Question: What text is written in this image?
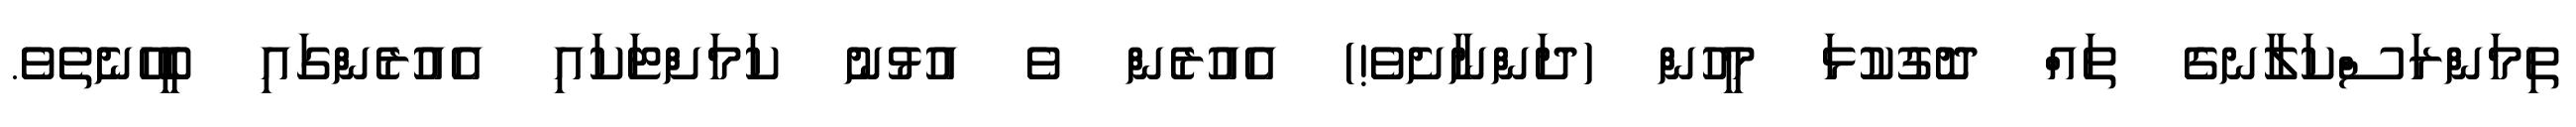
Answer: ތިމަންރަސްކަލާނގެ ތައް ދޮގުކުޅަ މީހުން (ދަންނާށެވެ!) އެއުރެން ވެ އުޅުނު ކަމަށްޓަކައި އެއުރެންގައި ބީހޭނެތެވެ.